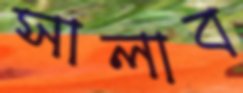
সালাব